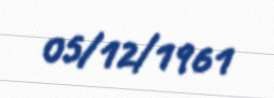
05/12/1961